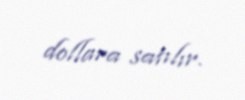
dollara satılır.